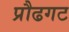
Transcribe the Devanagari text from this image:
प्रौढगट